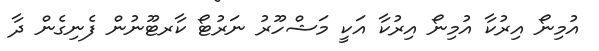
އުމިނޯ އިރުކާ އުމިނޯ އިރުކާ އަކީ މަޝްހޫރު ނަރުޓޯ ކާރޓޫނުން ފެނިގެން ދާ